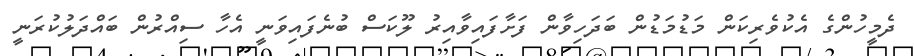
ދެމީހުންގެ އެކުވެރިކަން މަޑުމަޑުން ބަދަހިވާން ފަށާފައިވާއިރު ލޫކަސް ބުނެފައިވަނީ އެހާ ސިއްރުން ބައްދަލުކުރަނީ